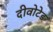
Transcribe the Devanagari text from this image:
दीवोटेड